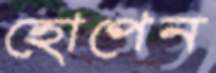
হোপেন